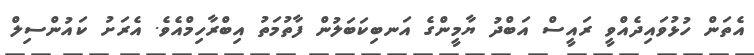
އެތަން ހުޅުވައިދެއްވީ ރައީސް އަބްދު ޔާމީންގެ އަނބިކަބަލުން ފާތުމަތު އިބްރާހިމްއެވެ. އެރަށު ކައުންސިލް